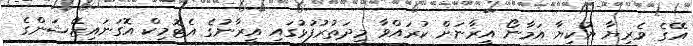
އޭގެ ވެރިޔާ ޔުކިޔާ އަމާނޯ އީރާނަށް ކުރައްވާ މިދަތުރުފުޅުގައި އީރާނުގެ އެޓޮމިކް އޮގަނައިޒޭޝަންގެ